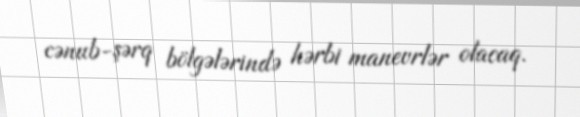
cənub-şərq bölgələrində hərbi manevrlər olacaq.